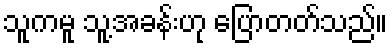
သူကမူ သူ့အခန်းဟု ပြောတတ်သည်။